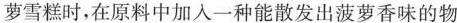
萝雪糕时，在原料中加入一种能散发出菠萝香味的物